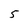
Character: 5